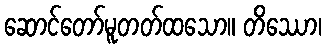
ဆောင်တော်မူတတ်ထသော။ တိဿော၊